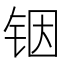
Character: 铟